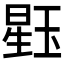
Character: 𪻹